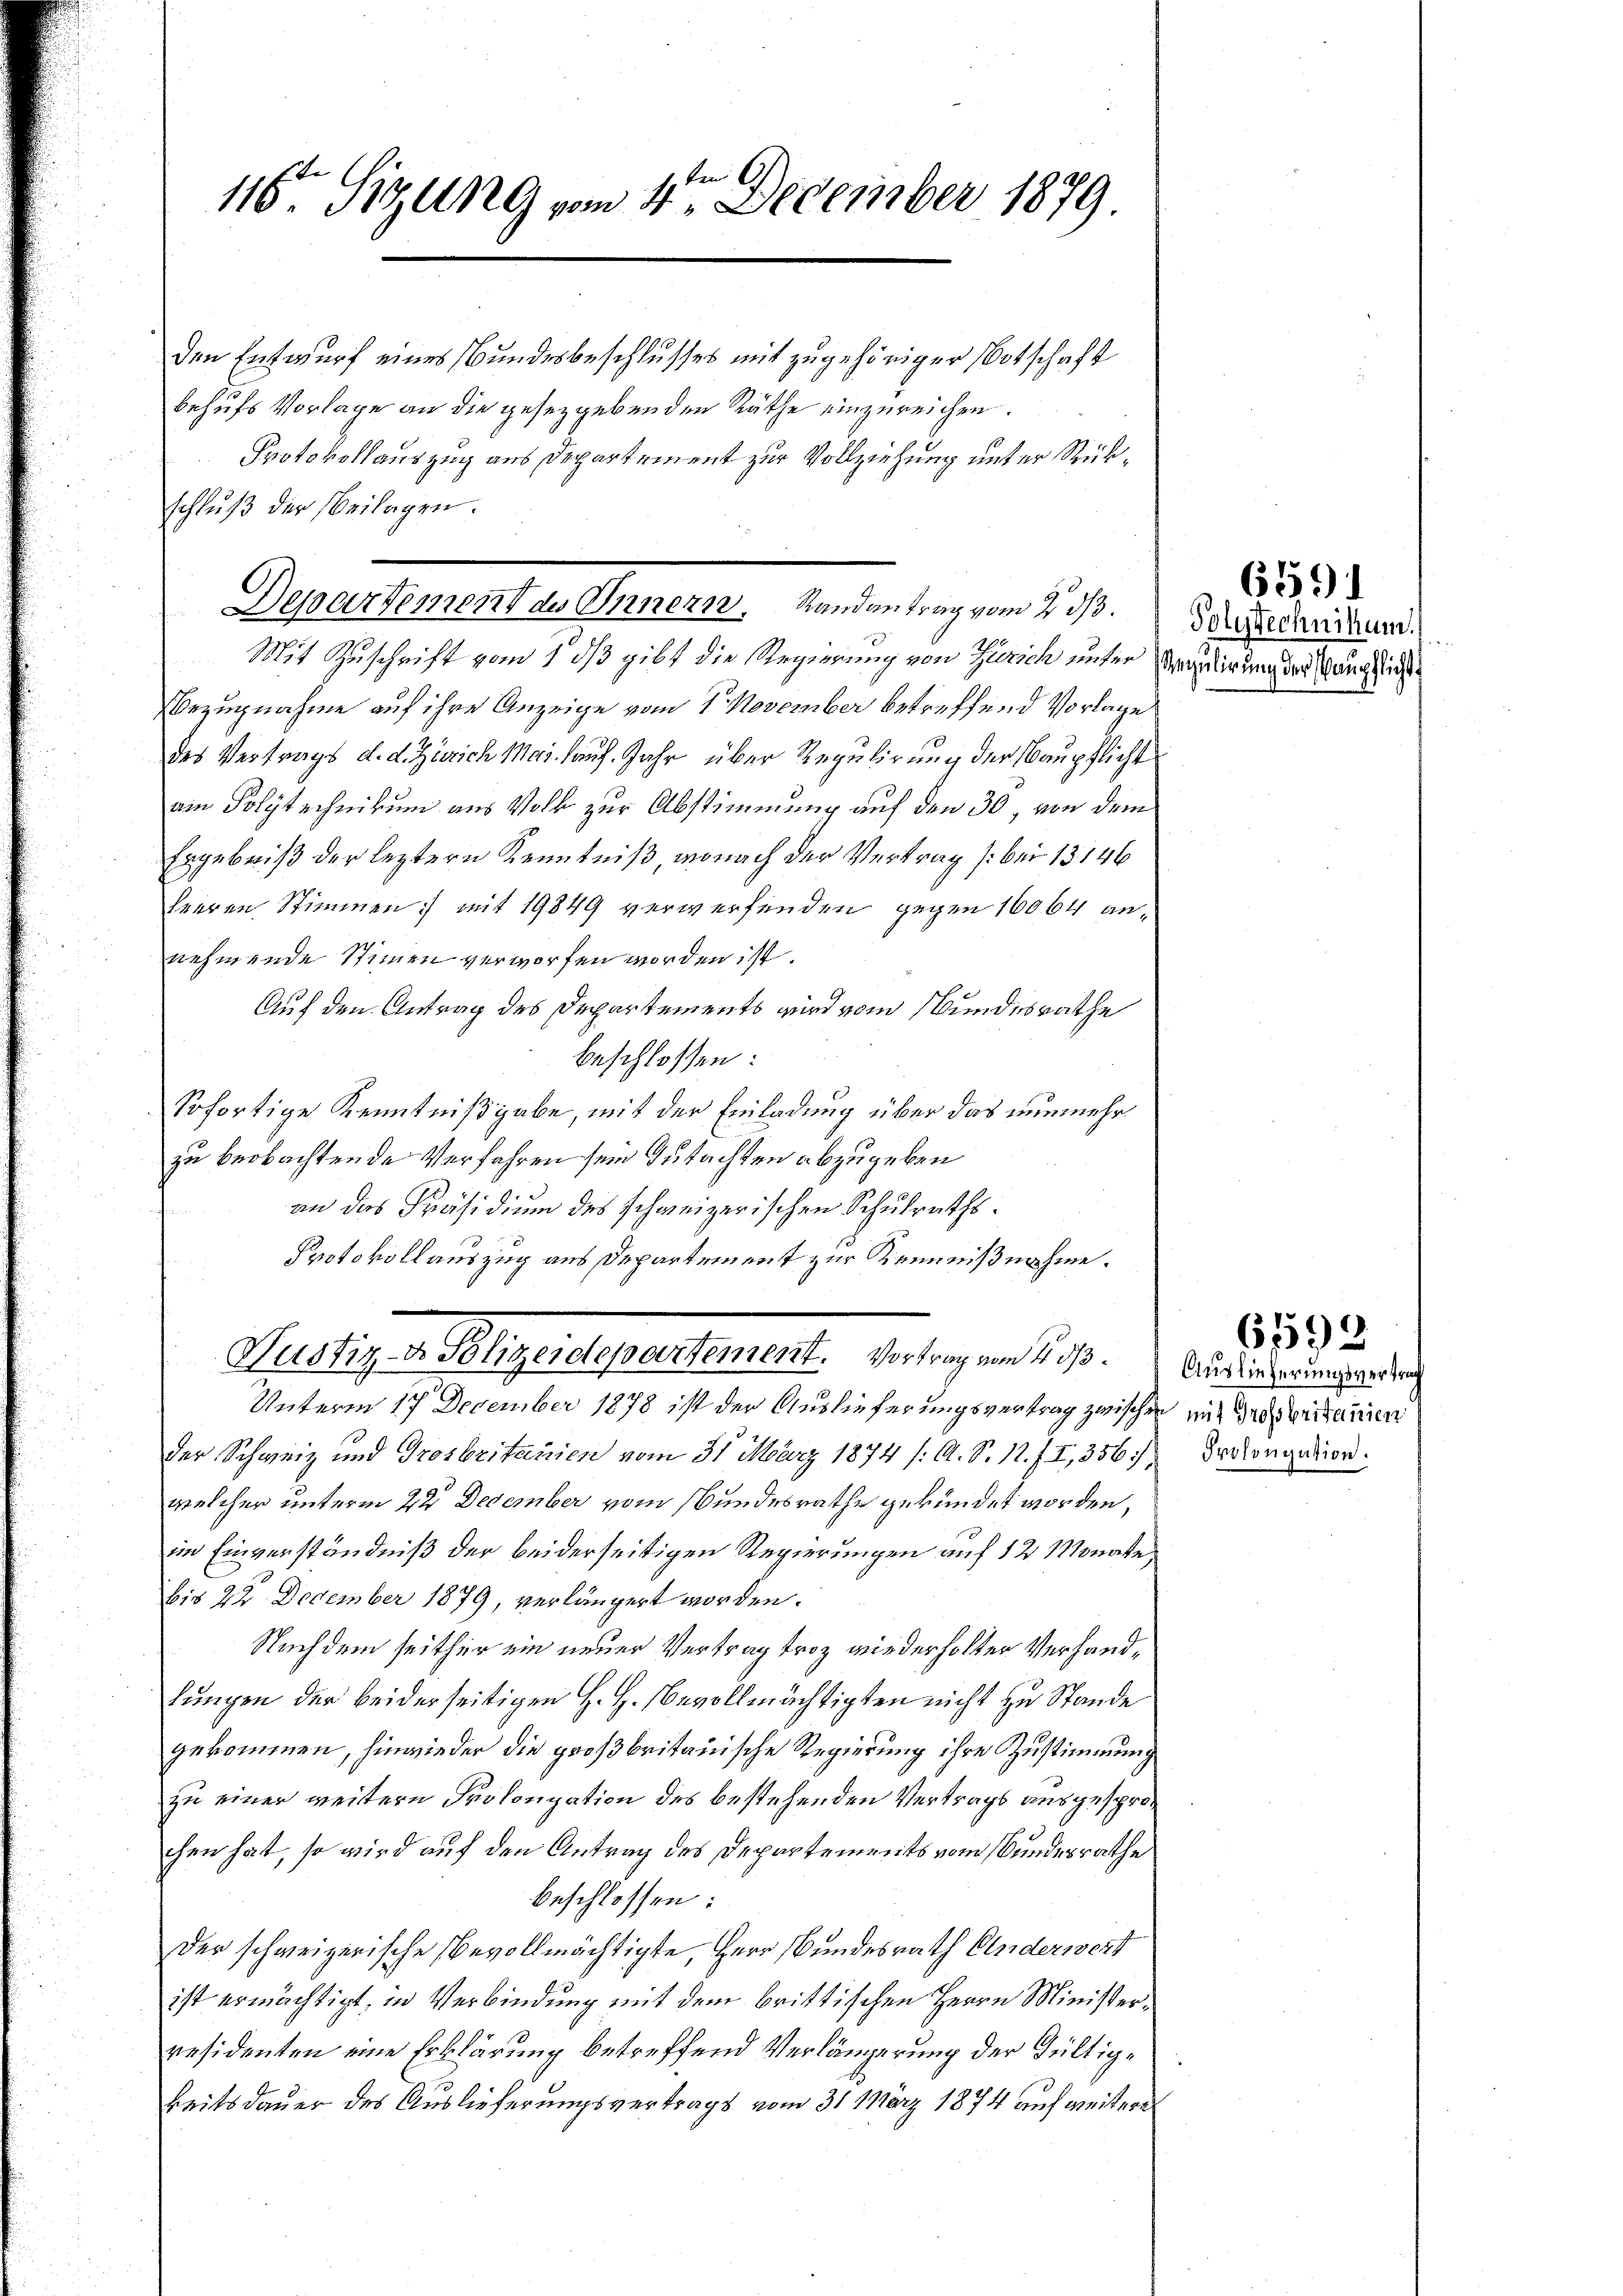
116. Sizung vom 4te͇n December 1879

den Entwurf eines Bundesbeschlusses mit zugehöriger Botschaft
behufs Vorlage an die gesetzgebenden Räthe einzureichen.
Protokollauszug aus Departement zur Vollziehung unter Rükschluß der Beilagen.
Mit Zuschrift vom 1. ds gibt die Regierung von Zürich unter Regierungers auch ich
Bezugnahme auf ihre Anzeige vom 7. November betreffend Vorlage
des Vertrags d. d. Zürich Mai. Lauf. Jahr über Regulirung der Baupflicht
ain Polytechnikum aus Volk zur Abstimmung auf den 30 von dem
Ergebniß der leztern Kenntniß, wonach der Vertrag (bei 13146
heeren Stimmen) mit 19849 verwerfenden gegen 16064 annehmende Stimmen verworfen worden ist.
Auf den Antrag des Departements wird vom Bundesrathe
beschlossen:
Sofortige Kenntnißgabe, mit der Einladung über das nunmehrzu beobachtende Verfahren sein Gutachten abzugeben
an das Präsidium des schweizerischen Schulraths¬
Protokollauszug aus Departement zur Kennnißnahme.
Mudligen Sigelegensteuerte Bestigen . .
Unterm 17 December 1878 ist der Auslieferungsvertrag zwischen mit des erstamen
der Schweiz und Grosbritanien vom 31. März 1874 /: A. S. 11. f. I., 356),
welcher unterm 22. December vom Bundesrathe gekündet worden,
im Einverständniß der beiderseitigen Regierungen auf 12 Monate
bis 24 December 1879, verlängert worden.
Nachdem seither ein neuer Vertrag trotz wiederholter Verhandlungen der beiderseitigen H. H. evollmächtigten nicht zu Stande
gekommen, hinwieder die großbritanische Regierung ihre Zustimmung
zu einer weitern Prolongation des bestehenden Vertrags ausgesprochen hat, so wird auf den Antrag des Departements vom Bundesrathe
beschlossen:
der schweizerische Bevollmächtigte, Herr Bundesrath Anderwert
ist ermächtigt, in Verbindung mit dem brittischen Herrn Ministerresidenten eine Erklärung betreffend Verlängerung der Gültige
keitsdauer des Auslieferungsvertrags vom 31. März 1874 auf weitere

Departement des Innern. Randantrag vom 2. ds.

Polytechnikum.

6591

Auslieferungsvertrag
Prolongation.

65593